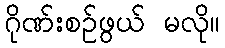
ဂိုဏ်းစဉ်ဖွယ် မလို။